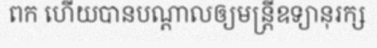
ពក ហើយបានបណ្តាលឲ្យមន្ត្រីឧទ្យានុរក្ស